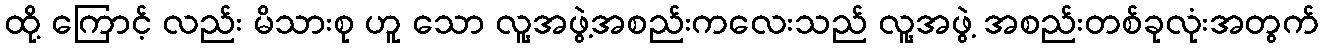
ထို့ ကြောင့် လည်း မိသားစု ဟူ သော လူ့အဖွဲ့အစည်းကလေးသည် လူ့အဖွဲ့ အစည်းတစ်ခုလုံးအတွက်